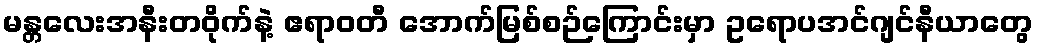
မန္တလေးအနီးတဝိုက်နဲ့ ဧရာဝတီ အောက်မြစ်စဉ်ကြောင်းမှာ ဥရောပအင်ဂျင်နီယာတွေ